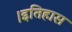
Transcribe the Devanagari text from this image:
।इतिहास